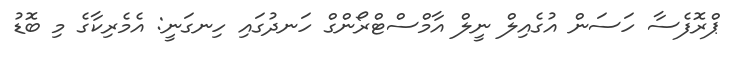
ޕްރޮފެސާ ހަސަން އުގެއިލް ނީލް އާމްސްޓްރޯންގް ހަނދުގައި ހިނގަނީ: އެމެރިކާގެ މި ބޮޑު